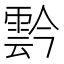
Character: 霒